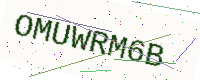
Text: OMUWRM6B